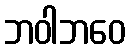
ဘဝါဘဝေ